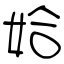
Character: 姶